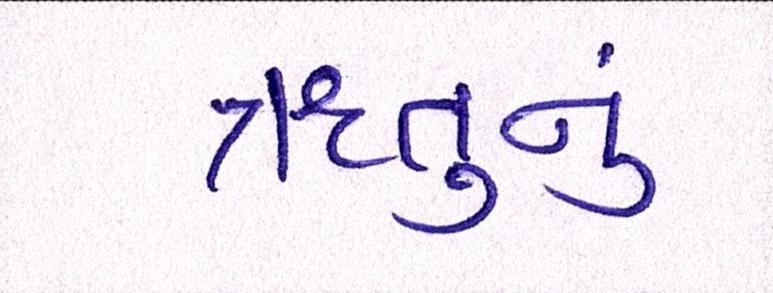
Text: ઋતુનું